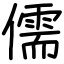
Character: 儒